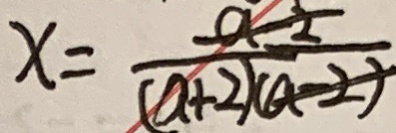
x = ( a + 2 )